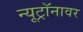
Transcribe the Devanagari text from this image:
न्यूट्रॉनावर